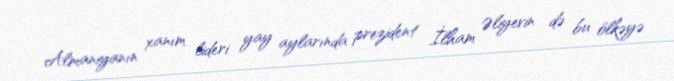
Almaniyanın xanım lideri yay aylarında prezident İlham Əliyevin də bu ölkəyə